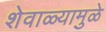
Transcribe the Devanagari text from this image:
शेवाळ्यामुळे